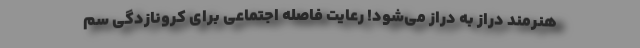
هنرمند دراز به دراز می‌شود! رعایت فاصله اجتماعی برای کرونازدگی سم